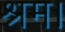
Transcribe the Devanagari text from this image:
श्रम।